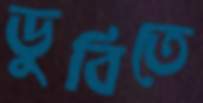
ডুবিতে